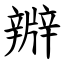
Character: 㸤